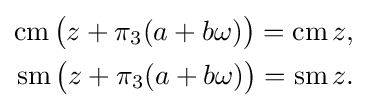
{\begin{aligned}\operatorname {cm} {\bigl (}z+\pi _{3}(a+b\omega ){\bigr )}=\operatorname {cm} z,\\\operatorname {sm} {\bigl (}z+\pi _{3}(a+b\omega ){\bigr )}=\operatorname {sm} z.\end{aligned}}